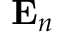
{ \bf E } _ { n }